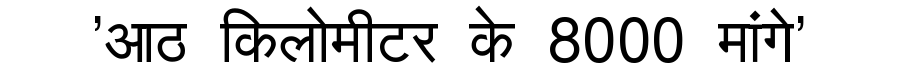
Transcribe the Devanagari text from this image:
'आठ किलोमीटर के 8000 मांगे'